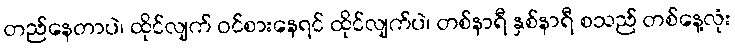
တည်နေတာပဲ၊ ထိုင်လျက် ဝင်စားနေရင် ထိုင်လျက်ပဲ၊ တစ်နာရီ နှစ်နာရီ စသည် တစ်နေ့လုံး